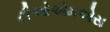
ટીઓએમએસ